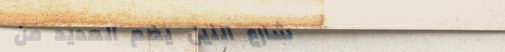
شارع النيل يضم العديد من